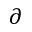
\partial